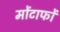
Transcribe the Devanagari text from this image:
मोंटाफों